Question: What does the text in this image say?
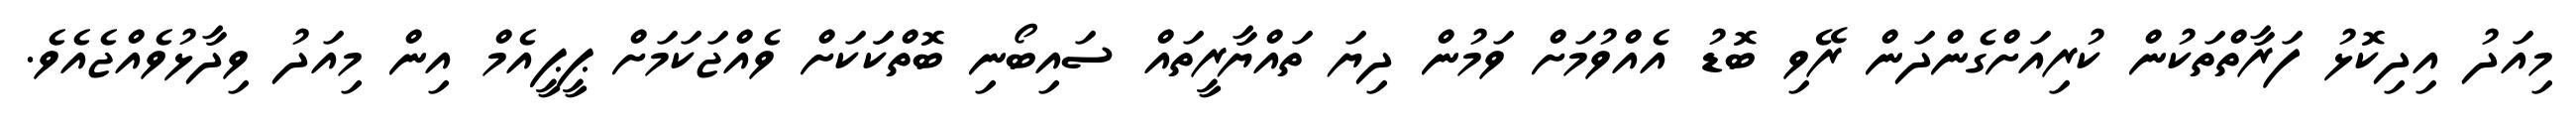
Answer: މިއަދު އިދިކޮޅު ފަރާތްތަކުން ކުރިއަށްގެންދަން ރޭވި ބޮޑު އެއްވުމަށް ވަމުން ދިޔަ ތައްޔާރީތައް ސައިބޯނި ބޮތްކަަކަށް ވެއްޖަކަމަށް ޕީޕީއެމް އިން މިއަދު ވިދާޅުވެއްޖެއެވެ.